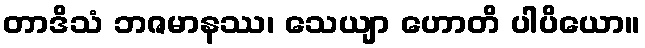
တာဒိသံ ဘဇမာနဿ၊ သေယျာ ဟောတိ ပါပိယော။